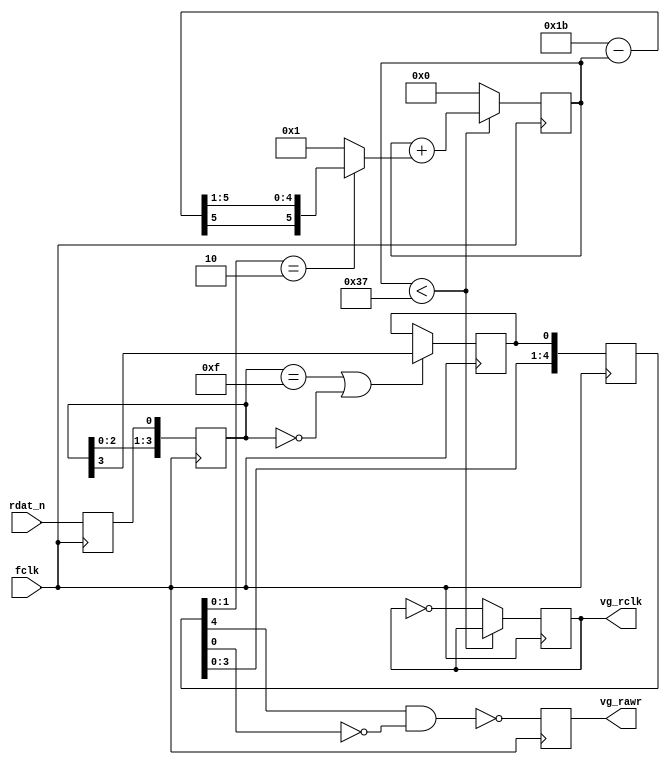
module fapch_zek
(
	input  wire fclk,

	input  wire rdat_n,

	output reg  vg_rclk,
	output reg  vg_rawr
);

	reg [3:0] rdat_sr;
	reg       rawr_sync;

	reg rdat_n_r;

	always @ (posedge fclk)
	begin
		rdat_n_r <= rdat_n;


	    rdat_sr <= { rdat_sr[2:0], rdat_n_r };
	    if (rdat_sr == 4'hF || rdat_sr == 4'h0)
	        rawr_sync <= rdat_sr[3];
	end

	// rawr
	reg [4:0] rawr_sr;

	always @ (posedge fclk)
	begin
	    rawr_sr <= { rawr_sr[3:0], rawr_sync };
	    vg_rawr <= !(rawr_sr[4] && !rawr_sr[0] ); // rawr 140ns
	end

	// rclk
	reg [5:0] counter = 0;
	wire[5:0] delta = 27 - counter;
	wire[5:0] shift = { delta[5], delta[5], delta[4:1] }; // sign div
	wire[5:0] inc   = rawr_sr[1:0] == 2'b10 ? shift : 1;

	always @ (posedge fclk)
	begin
	    if (counter < 55)
	        counter <= counter + inc;
	    else
	    begin
	        counter <= 0;
	        vg_rclk = ~vg_rclk;
	    end

	end

	initial
	    vg_rclk = 0;







endmodule